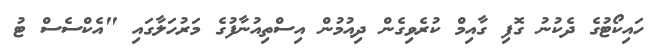
ހައިކޯޓުގެ ދެކުނު ގޮފި ގާއިމް ކުރެވިގެން ދިއުމުން އިސްތިއުނާފުގެ މަރުހަލާގައި "އެކްސެސް ޓު